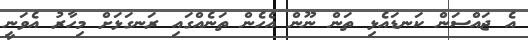
އެ ޖައްސަން ކަނޑައެޅި ތަން ނޫން އެހެން ތަނެއްގައި ރަނގަޅަށް މިހާރު އެވަނީ